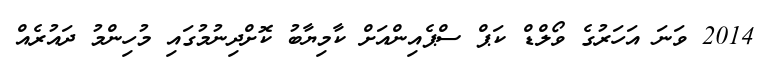
2014 ވަނަ އަހަރުގެ ވޯލްޑް ކަޕް ސްޕެއިންއަށް ކާމިޔާބު ކޮށްދިނުމުގައި މުހިންމު ދައުރެއް